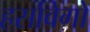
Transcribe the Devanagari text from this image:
हर्सावेगो